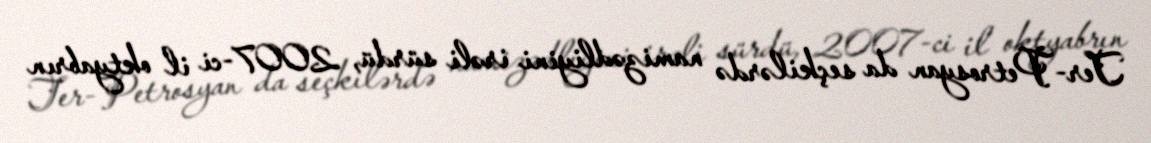
Ter-Petrosyan da seçkilərdə namizədliyini irəli sürdü, 2007-ci il oktyabrın